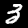
Digit: 3